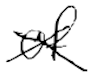
Text: of
Cross-out: cross
Writing tool: digital_black